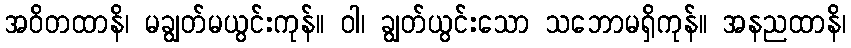
အဝိတထာနိ၊ မချွတ်မယွင်းကုန်။ ဝါ၊ ချွတ်ယွင်းသော သဘောမရှိကုန်။ အနညထာနိ၊